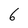
Character: 6